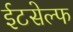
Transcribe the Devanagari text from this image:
ईटसेल्फ